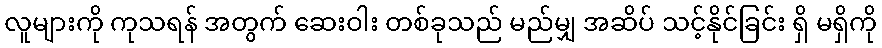
လူများကို ကုသရန် အတွက် ဆေးဝါး တစ်ခုသည် မည်မျှ အဆိပ် သင့်နိုင်ခြင်း ရှိ မရှိကို